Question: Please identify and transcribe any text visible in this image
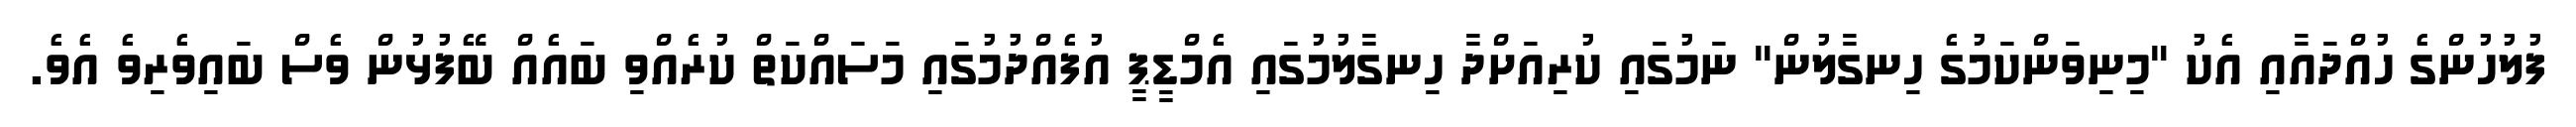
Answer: ފުލުހުންގެ ހުއްދައާއި އެކު "މިނިވަންކަމުގެ ހިނގާލުން" ނަމުގައި ކުރިއަށްދާ ހިނގާލުމުގައި އެމްޑީޕީ އުފެއްދުމުގައި މަސައްކަތް ކުރެއްވި ބައެއް ބޭފުޅުން ވެސް ބައިވެރިވެ އެވެ.